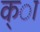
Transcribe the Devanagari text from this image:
क्ा